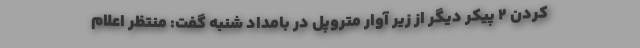
کردن ۲ پیکر دیگر از زیر آوار متروپل در بامداد شنبه گفت: منتظر اعلام